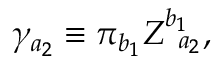
\gamma _ { a _ { 2 } } \equiv \pi _ { b _ { 1 } } Z _ { \; \; a _ { 2 } } ^ { b _ { 1 } } ,